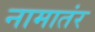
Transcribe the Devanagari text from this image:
नामातंर